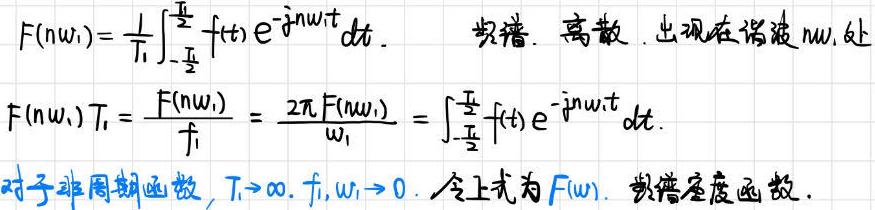
\(F(n\omega_1)=\frac{1}{T_1}\int_{-\frac{T_1}{2}}^{\frac{T_1}{2}}f(t)e^{-jn\omega_1 t}dt. \quad \)频谱. 离散. 出现在谐波\( n\omega_1 \)处\\
\(F(n\omega_1)T_1=\frac{F(n\omega_1)}{f_1}=\frac{2\pi F(n\omega_1)}{\omega_1}=\int_{-\frac{T_1}{2}}^{\frac{T_1}{2}}f(t)e^{-jn\omega_1 t}dt.\)\\
对于非周期函数\(, T_1\to\infty, f_1,\omega_1\to 0. \)令上式为\( F(\omega). \)频谱密度函数.